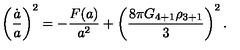
\left( { \frac { \dot { a } } { a } } \right) ^ { 2 } = - { \frac { F ( a ) } { a ^ { 2 } } } + \left( { \frac { 8 \pi G _ { 4 + 1 } \rho _ { 3 + 1 } } { 3 } } \right) ^ { 2 } .